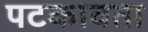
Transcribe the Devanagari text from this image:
पटकावता